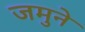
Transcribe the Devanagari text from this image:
जमुने